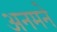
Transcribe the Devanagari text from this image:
अनमने